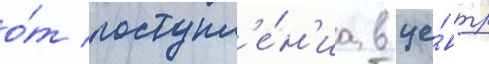
о́т поступл'е́н'иа в це́нтр